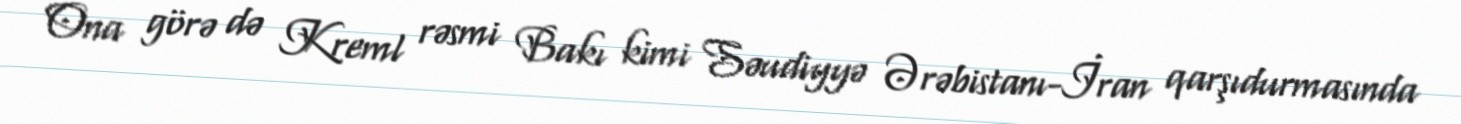
Ona görə də Kreml rəsmi Bakı kimi Səudiyyə Ərəbistanı-İran qarşıdurmasında